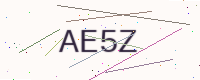
Text: AE5Z